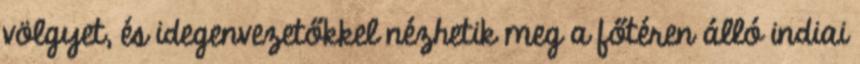
völgyet, és idegenvezetőkkel nézhetik meg a főtéren álló indiai